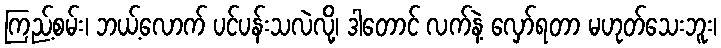
ကြည့်စမ်း၊ ဘယ့်လောက် ပင်ပန်းသလဲလို့၊ ဒါတောင် လက်နဲ့ လှော်ရတာ မဟုတ်သေးဘူး၊